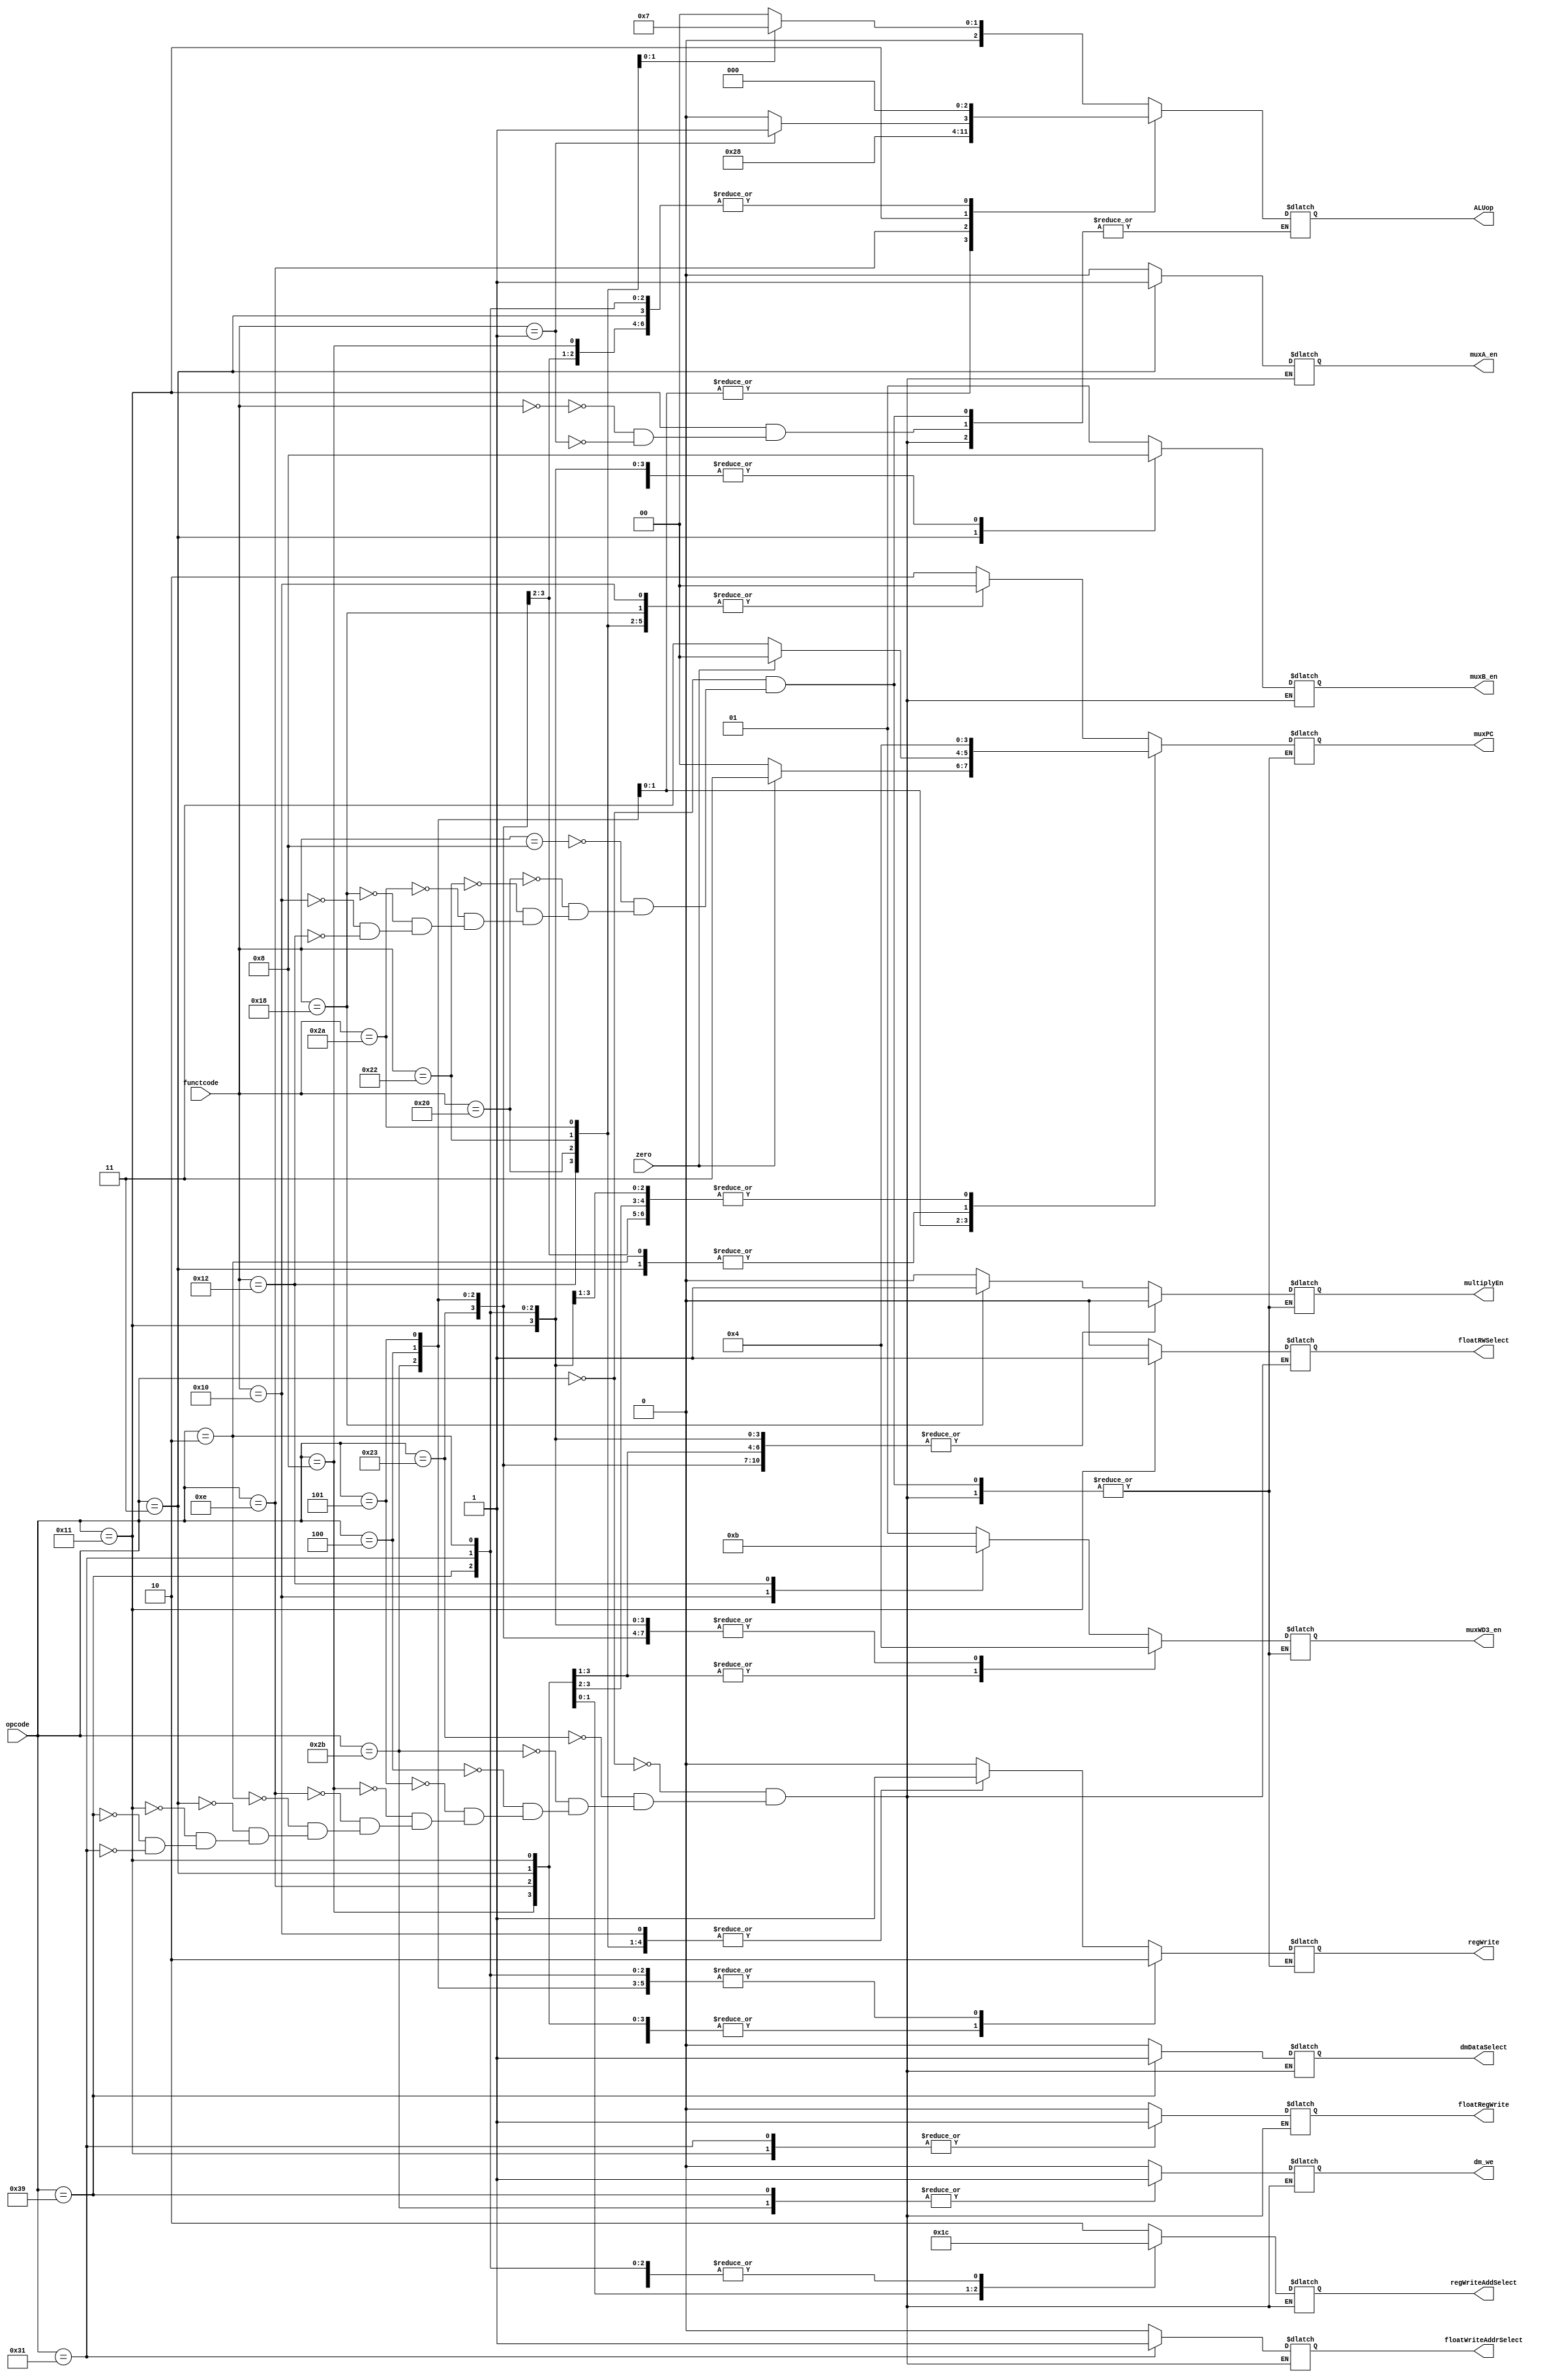
// Finite State Machine Module

// Op Codes
`define RTYPE 6'b0
`define LW 6'h23
`define SW 6'h2b
`define BEQ 6'h4
`define BNE 6'h5
`define ADDI 6'h8
`define XORI 6'he
`define JUMP 6'h2
`define JAL 6'h3
`define FR 6'h11
`define LWC1 6'h31
`define SWC1 6'h39

// Core R-type Funct Codes
`define JR 6'h8
`define SUB 6'h22
`define SLT 6'h2a
`define ADD 6'h20
`define MULT 6'h18
`define MFLO 6'h12
`define MFHI 6'h10

// Arithmetic Core FMT Codes
`define SINGLE 5'h10
`define DOUBLE 5'h11

// Arithmetic Core Funct Codes
`define ADD_S 6'h0
`define SUB_S 6'h1

//ALU Op Codes
`define ADDSIGNAL  3'd0
`define SUBSIGNAL  3'd1
`define XORSIGNAL  3'd2
`define SLTSIGNAL  3'd3
`define ANDSIGNAL  3'd4
`define NANDSIGNAL 3'd5
`define NORSIGNAL  3'd6
`define ORSIGNAL   3'd7

module instructionDecoder(
    input [5:0] opcode,
    input [5:0] functcode,
    input zero,

    output reg regWrite, muxA_en, dm_we, multiplyEn, dmDataSelect,
    output reg [1:0] muxB_en, regWriteAddSelect, muxPC, muxWD3_en,
    output reg [2:0] ALUop,
    output reg floatWriteAddrSelect, floatRegWrite, floatRWSelect
  );
  wire nzero;
  not not0(nzero, zero);

  initial begin
    muxPC = 2'b0;
    muxA_en = 1'b0;
    muxB_en = 2'b0;
    floatWriteAddrSelect = 1'b0;
    floatRegWrite = 1'b0;
    floatRWSelect = 1'b0;
  end

  always @(*) begin
    case(opcode)

      `RTYPE: begin
        dm_we <= 1'b0;
        muxA_en <= 1'b0;
        muxB_en <= 2'd1;
        regWriteAddSelect <= 2'd2;
        floatWriteAddrSelect = 1'b0;
        floatRegWrite = 1'b0;
        floatRWSelect = 1'b0;
        dmDataSelect = 1'b0;

        case(functcode)
          `JR: begin
            regWrite <= 1'b0;
            muxPC <= 2'd2;
            ALUop <= 3'd0;
            multiplyEn <= 1'b0;
            muxWD3_en <= 2'd1;
          end
          `ADD: begin
            regWrite <= 1'b1;
            muxPC <= 2'd0;
            ALUop <= `ADDSIGNAL;
            multiplyEn <= 1'b0;
            muxWD3_en <= 2'd1;
          end
          `SUB: begin
            regWrite <= 1'b1;
            muxPC <= 2'd0;
            ALUop <= `SUBSIGNAL;
            multiplyEn <= 1'b0;
            muxWD3_en <= 2'b1;
          end
          `SLT: begin
            regWrite <= 1'b1;
            muxPC <= 2'd0;
            ALUop <= `SLTSIGNAL;
            multiplyEn <= 1'b0;
            muxWD3_en <= 2'b1;
          end
          `MULT: begin
            regWrite <= 1'b0;
            muxPC <= 2'd0;
            ALUop <= `ADD;
            multiplyEn <= 1'b1;
            muxWD3_en <= 2'b1;
          end
          `MFHI: begin
            regWrite <= 1'b1;
            muxPC <= 2'd0;
            ALUop <= `ADD;
            multiplyEn <= 1'b0;
            muxWD3_en <= 2'd2;
          end
          `MFLO: begin
            regWrite <= 1'b1;
            muxPC <= 2'd0;
            ALUop <= `ADD;
            multiplyEn <= 1'b0;
            muxWD3_en <= 2'd3;
          end
        endcase
      end

      `LW: begin
        regWrite <= 1'b1;
        muxA_en <= 1'b0;
        dm_we <= 1'b0;
        muxWD3_en <= 2'd0;
        muxB_en <= 2'd0;
        regWriteAddSelect <= 2'd0;
        muxPC <= 2'd0;
        ALUop <= `ADDSIGNAL;
        floatWriteAddrSelect = 1'b0;
        floatRegWrite = 1'b0;
        floatRWSelect = 1'b0;
        dmDataSelect = 1'b0;
        multiplyEn <= 1'b0;
      end

      `SW: begin
        regWrite <= 1'b0;
        muxA_en <= 1'b0;
        dm_we <= 1'b1;
        muxWD3_en <= 2'd0;
        muxB_en <= 2'd0;
        regWriteAddSelect <= 2'b0;
        muxPC <= 2'd0;
        ALUop <= `ADDSIGNAL;
        floatWriteAddrSelect = 1'b0;
        floatRegWrite = 1'b0;
        floatRWSelect = 1'b0;
        dmDataSelect = 1'b0;
        multiplyEn <= 1'b0;
      end

      `BEQ: begin
        regWrite <= 1'b0;
        muxA_en <= 1'b0;
        dm_we <= 1'b0;
        muxWD3_en <= 2'd0;
        muxB_en <= 2'd1;
        regWriteAddSelect <= 2'b0;
        ALUop <= `SUBSIGNAL;
        floatWriteAddrSelect = 1'b0;
        floatRegWrite = 1'b0;
        floatRWSelect = 1'b0;
        dmDataSelect = 1'b0;
        multiplyEn <= 1'b0;
        if(zero) begin
          muxPC <= 2'd3;
        end else begin
          muxPC <= 2'd0;
        end
      end

      `BNE: begin
        regWrite <= 1'b0;
        muxA_en <= 1'b0;
        dm_we <= 1'b0;
        muxWD3_en = 2'd0;
        muxB_en <= 2'd1;
        regWriteAddSelect <= 2'b0;
        ALUop <= `SUBSIGNAL;
        floatWriteAddrSelect = 1'b0;
        floatRegWrite = 1'b0;
        floatRWSelect = 1'b0;
        dmDataSelect = 1'b0;
        multiplyEn <= 1'b0;
        if(nzero) begin
          muxPC <= 2'd3;
        end else begin
          muxPC <= 2'd0;
        end
      end

      `ADDI: begin
        regWrite <= 1'b1;
        muxA_en <= 1'b0; // Changed this to 1 from 0
        dm_we <= 1'b0;
        muxWD3_en <= 2'd1;
        muxB_en <= 2'd0;
        regWriteAddSelect <= 2'b0;
        muxPC <= 2'd0;
        ALUop <= `ADDSIGNAL;
        floatWriteAddrSelect = 1'b0;
        floatRegWrite = 1'b0;
        floatRWSelect = 1'b0;
        dmDataSelect = 1'b0;
        multiplyEn <= 1'b0;
      end

      `XORI: begin
        regWrite <= 1'b1;
        muxA_en <= 1'b0;
        dm_we <= 1'b0;
        muxWD3_en <= 2'd1;
        muxB_en <= 2'd0;
        regWriteAddSelect <= 2'b0;
        muxPC <= 2'b0;
        ALUop <= `XORSIGNAL;
        floatWriteAddrSelect = 1'b0;
        floatRegWrite = 1'b0;
        floatRWSelect = 1'b0;
        dmDataSelect = 1'b0;
        multiplyEn <= 1'b0;
      end

      `JUMP: begin
        regWrite <= 1'b0;
        muxA_en <= 1'b0;
        dm_we <= 1'b0;
        muxWD3_en <= 2'd0;
        muxB_en <= 1'b0;
        regWriteAddSelect <= 1'b0;
        muxPC <= 2'b1;
        ALUop <= `ADDSIGNAL;
        floatWriteAddrSelect = 1'b0;
        floatRegWrite = 1'b0;
        floatRWSelect = 1'b0;
        dmDataSelect = 1'b0;
        multiplyEn <= 1'b0;
      end

      `JAL: begin
        regWrite <= 1'b1;
        muxA_en <= 1'b1;
        dm_we <= 1'b0;
        muxWD3_en <= 2'd1;
        muxB_en <= 2'd2;
        regWriteAddSelect <= 2'b1;
        muxPC <= 2'b1;
        ALUop <= `ADDSIGNAL;
        floatWriteAddrSelect = 1'b0;
        floatRegWrite = 1'b0;
        floatRWSelect = 1'b0;
        dmDataSelect = 1'b0;
        multiplyEn <= 1'b0;
      end

      `FR: begin
        regWrite <= 1'b1;
        muxA_en <= 1'b0;
        dm_we <= 1'b0;
        muxWD3_en <= 2'd0;
        muxB_en <= 2'd0;
        regWriteAddSelect <= 2'd3;
        muxPC <= 2'b0;
        floatWriteAddrSelect = 1'b0;
        floatRegWrite = 1'b1;
        floatRWSelect = 1'b1;
        dmDataSelect = 1'b0;
        multiplyEn <= 1'b0;
        case(functcode)
          `ADD_S: begin
            ALUop <= `ADDSIGNAL;
          end
          `SUB_S: begin
            ALUop <= `SUBSIGNAL;
          end
        endcase
       end

       `SWC1: begin
         regWrite <= 1'b0;
         muxA_en <= 1'b0;
         dm_we <= 1'b1;
         muxWD3_en <= 2'd0;
         muxB_en <= 1'b0;
         regWriteAddSelect <= 1'b0;
         muxPC <= 2'b0;
         ALUop <= `ADDSIGNAL;
         floatWriteAddrSelect = 1'b0;
         floatRegWrite = 1'b0;
         floatRWSelect = 1'b0;
         dmDataSelect = 1'b1;
         multiplyEn <= 1'b0;
       end

      `LWC1: begin
         regWrite <= 1'b0;
         muxA_en <= 1'b0;
         dm_we <= 1'b0;
         muxWD3_en <= 2'd0;
         muxB_en <= 1'b0;
         regWriteAddSelect <= 1'b0;
         muxPC <= 2'b0;
         ALUop <= `ADDSIGNAL;
         floatWriteAddrSelect = 1'b1;
         floatRegWrite = 1'b1;
         floatRWSelect = 1'b0;
         dmDataSelect = 1'b0;
         multiplyEn <= 1'b0;
      end

    endcase
  end

endmodule